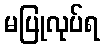
မပြုလုပ်ရ